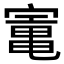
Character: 𡪫